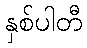
နှစ်ပါတီ